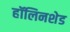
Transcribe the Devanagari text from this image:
हॉलिनशेड